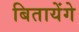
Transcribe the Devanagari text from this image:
बितायेंगे